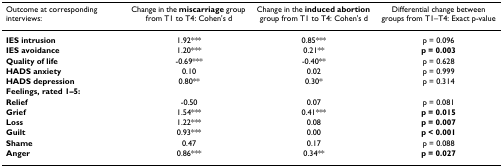
| Outcome at corresponding interviews: | Change in the miscarriage group from T1 to T4: Cohen's d | Change in the induced abortion group from T1 to T4: Cohen's d | Differential change between groups from T1–T4: Exact p-value |
 | --- | --- | --- | --- |
 | IES intrusion | 1.92*** | 0.85*** | p = 0.096 |
 | IES avoidance | 1.20*** | 0.21** | p = 0.003 |
 | Quality of life | -0.69*** | -0.40** | p = 0.628 |
 | HADS anxiety | 0.10 | 0.02 | p = 0.999 |
 | HADS depression | 0.80** | 0.30* | p = 0.314 |
 | Feelings, rated 1–5: |  |  |  |
 | Relief | -0.50 | 0.07 | p = 0.081 |
 | Grief | 1.54*** | 0.41*** | p = 0.015 |
 | Loss | 1.22*** | 0.08 | p = 0.007 |
 | Guilt | 0.93*** | 0.00 | p < 0.001 |
 | Shame | 0.47 | 0.17 | p = 0.088 |
 | Anger | 0.86*** | 0.34** | p = 0.027 |